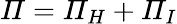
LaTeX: \mathit{\Pi}=\mathit{\Pi}_{H}+\mathit{\Pi}_{I}